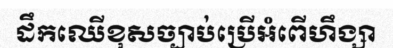
ដឹកឈើខុសច្បាប់ប្រើអំពើហឹង្សា